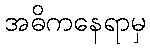
အဓိကနေရာမှ